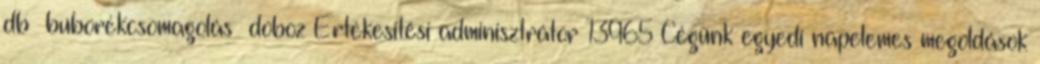
db buborékcsomagolás doboz Értékesítési adminisztrátor 13965 Cégünk egyedi napelemes megoldások